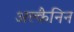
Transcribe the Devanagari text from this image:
अल्कैनिन